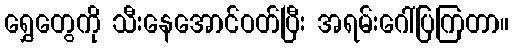
ရွှေတွေကို သီးနေအောင်ဝတ်ပြီး အရမ်းဂေါ်ပြကြတာ။